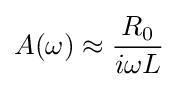
A(\omega )\approx {\frac {R_{0}}{i\omega L}}